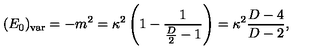
( E _ { 0 } ) _ { \mathrm { v a r } } = - m ^ { 2 } = \kappa ^ { 2 } \left( 1 - { \frac { 1 } { { \frac { D } { 2 } } - 1 } } \right) = \kappa ^ { 2 } { \frac { D - 4 } { D - 2 } } ,